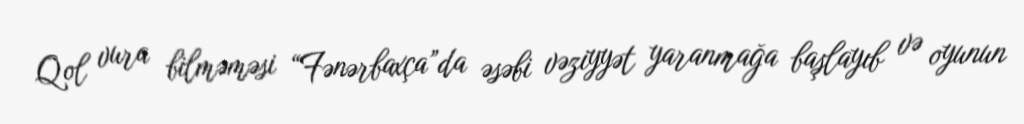
Qol vura bilməməsi “Fənərbaxça”da əsəbi vəziyyət yaranmağa başlayıb və oyunun